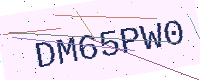
Text: DM65PW0